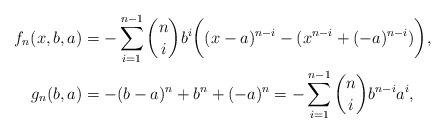
LaTeX: \begin{align*} \begin{aligned}f_n(x,b,a) & = - \sum_{i=1}^{n-1} \binom{n}{i}b^i \bigg((x-a)^{n-i} - (x^{n-i} + (-a)^{n-i})\bigg),\\g_n(b,a) &= - (b-a)^n + b^n + (-a)^n = - \sum_{i=1}^{n-1} \binom{n}{i} b^{n-i}a^i,\end{aligned}\end{align*}